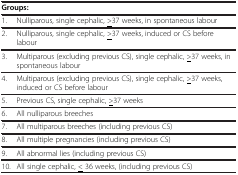
<table><thead><tr><td colspan="2"><b>Groups:</b></td></tr></thead><tbody><tr><td>1.</td><td>Nulliparous, single cephalic, <underline>&gt;</underline>37 weeks, in spontaneous labour</td></tr><tr><td>2.</td><td>Nulliparous, single cephalic, <underline>&gt;</underline>37 weeks, induced or CS before labour</td></tr><tr><td>3.</td><td>Multiparous (excluding previous CS), single cephalic, <underline>&gt;</underline>37 weeks, in spontaneous labour</td></tr><tr><td>4.</td><td>Multiparous (excluding previous CS), single cephalic, <underline>&gt;</underline>37 weeks, induced or CS before labour</td></tr><tr><td>5.</td><td>Previous CS, single cephalic, <underline>&gt;</underline>37 weeks</td></tr><tr><td>6.</td><td>All nulliparous breeches</td></tr><tr><td>7.</td><td>All multiparous breeches (including previous CS)</td></tr><tr><td>8.</td><td>All multiple pregnancies (including previous CS)</td></tr><tr><td>9.</td><td>All abnormal lies (including previous CS)</td></tr><tr><td>10.</td><td>All single cephalic, <underline>&lt;</underline> 36 weeks, (including previous CS)</td></tr></tbody></table>